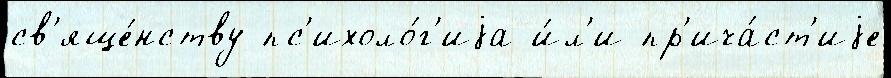
св'яще́нству пс'ихоло́г'иjа и́л'и пр'ича́ст'иjе